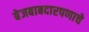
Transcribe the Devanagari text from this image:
बेजबाबदारपणाचे